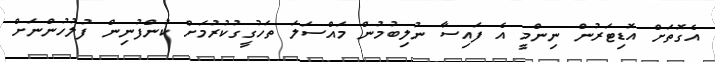
އެގޮތަށް އޮޑިޓަރުން ނިންމީ އެ ފައިސާ ނުލިބުމުން މައްސަލަ ތަހުގީގުކުރުމަށް ކުންފުނިން ފުލުހުންނަށް